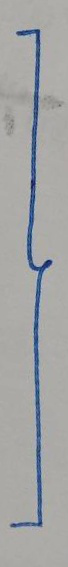
}